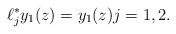
LaTeX: \begin{align*}\ell_{j}^{\ast}y_{1}(z)=y_{1}(z)j=1,2. \end{align*}